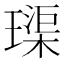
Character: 璖